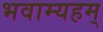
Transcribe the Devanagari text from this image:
भवाम्यहम्